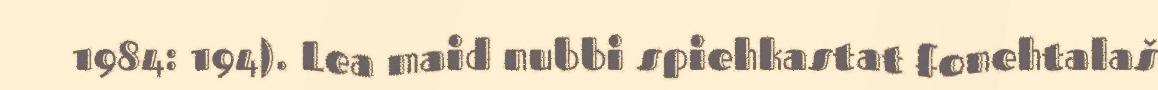
1984: 194). Lea maid nubbi spiehkastat fonehtalaš